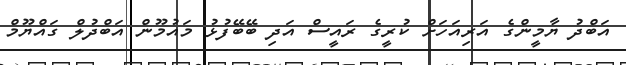
އަބްދު ޔާމީންގެ އަރިއަހަށް ކުރީގެ ރައީސް އަދި ބޭބޭފުޅު މައުމޫން އަބްދުލް ގައްޔޫމް